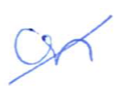
Text: on
Cross-out: diagonal
Writing tool: ballpoint